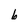
Character: 6